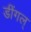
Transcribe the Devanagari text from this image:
डींगल्